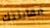
مقابلتك